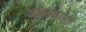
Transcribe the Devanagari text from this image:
याचकांना